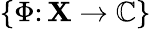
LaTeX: \{ \Phi\colon\mathbf{X}\rightarrow\mathbb{{C}}\}